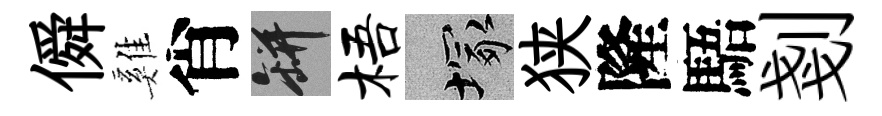
僢雞肖瓶梧塚狭隆䮏剗